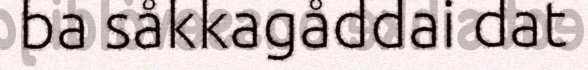
ba såkkagåddai dat